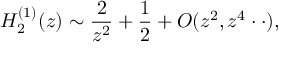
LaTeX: H _ { 2 } ^ { ( 1 ) } ( z ) \sim \frac { 2 } { z ^ { 2 } } + \frac { 1 } { 2 } + { \cal O } ( z ^ { 2 } , z ^ { 4 } \cdot \cdot ) ,